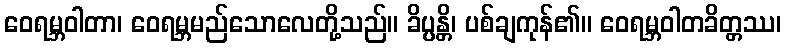
ဝေရမ္ဘဝါတာ၊ ဝေရမ္ဘမည်သောလေတို့သည်။ ခိပ္ပန္တိ၊ ပစ်ချကုန်၏။ ဝေရမ္ဘဝါတခိတ္တဿ၊